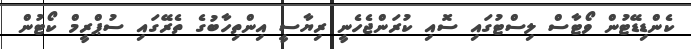
ކެންޑިޑޭޓުން ވޯޓާސް ލިސްޓުގައި ސޮއި ކުރަންޖެހެނީ ރިޔާސީ އިންތިހާބުގެ ތެރޭގައި ސުޕްރީމް ކޯޓުން